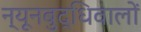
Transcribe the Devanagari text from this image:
न्यूनबुद्धिवालों